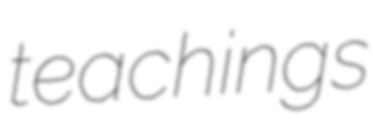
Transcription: teachings